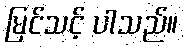
မြင်သင့် ပါသည်။